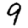
Digit: 9